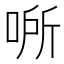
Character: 𰇵